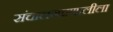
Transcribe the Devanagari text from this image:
संचालनप्रणालीला